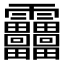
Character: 𩇓